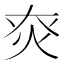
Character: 㶫